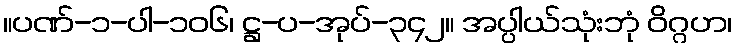
။ပဏ်-၁-ပါ-၁၀၆၊ ဋ္ဌ-ပ-အုပ်-၃၄၂။ အပ္ပါယ်သုံးဘုံ ဝိဂ္ဂဟ၊